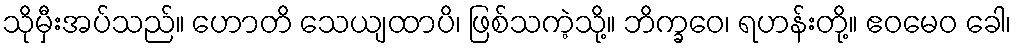
သိုမှီးအပ်သည်။ ဟောတိ သေယျထာပိ၊ ဖြစ်သကဲ့သို့။ ဘိက္ခဝေ၊ ရဟန်းတို့။ ဧဝမေဝ ခေါ၊